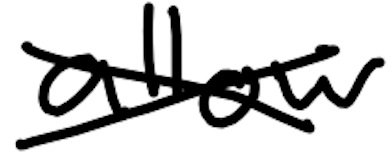
Text: allow
Cross-out: cross
Writing tool: digital_black